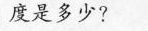
度是多少?